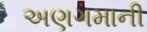
અણગમાની